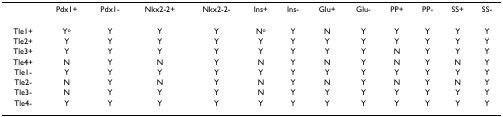
<table><thead><tr><td></td><td><b>Pdx1+</b></td><td><b>Pdx1-</b></td><td><b>Nkx2-2+</b></td><td><b>Nkx2-2-</b></td><td><b>Ins+</b></td><td><b>Ins-</b></td><td><b>Glu+</b></td><td><b>Glu-</b></td><td><b>PP+</b></td><td><b>PP-</b></td><td><b>SS+</b></td><td><b>SS-</b></td></tr></thead><tbody><tr><td>Tle1+</td><td>Y<sup>o</sup></td><td>Y</td><td>Y</td><td>Y</td><td>N<sup>o</sup></td><td>Y</td><td>N</td><td>Y</td><td>Y</td><td>Y</td><td>Y</td><td>Y</td></tr><tr><td>Tle2+</td><td>Y</td><td>Y</td><td>Y</td><td>Y</td><td>Y</td><td>Y</td><td>Y</td><td>Y</td><td>Y</td><td>Y</td><td>Y</td><td>Y</td></tr><tr><td>Tle3+</td><td>Y</td><td>Y</td><td>Y</td><td>Y</td><td>Y</td><td>Y</td><td>Y</td><td>Y</td><td>N</td><td>Y</td><td>Y</td><td>Y</td></tr><tr><td>Tle4+</td><td>N</td><td>Y</td><td>N</td><td>Y</td><td>N</td><td>Y</td><td>N</td><td>Y</td><td>N</td><td>Y</td><td>N</td><td>Y</td></tr><tr><td>Tle1-</td><td>Y</td><td>Y</td><td>Y</td><td>Y</td><td>Y</td><td>Y</td><td>Y</td><td>Y</td><td>Y</td><td>Y</td><td>Y</td><td>Y</td></tr><tr><td>Tle2-</td><td>N</td><td>Y</td><td>N</td><td>Y</td><td>N</td><td>Y</td><td>N</td><td>Y</td><td>N</td><td>Y</td><td>N</td><td>Y</td></tr><tr><td>Tle3-</td><td>N</td><td>Y</td><td>Y</td><td>Y</td><td>N</td><td>Y</td><td>Y</td><td>Y</td><td>Y</td><td>Y</td><td>Y</td><td>Y</td></tr><tr><td>Tle4-</td><td>Y</td><td>Y</td><td>Y</td><td>Y</td><td>Y</td><td>Y</td><td>Y</td><td>Y</td><td>Y</td><td>Y</td><td>Y</td><td>Y</td></tr></tbody></table>